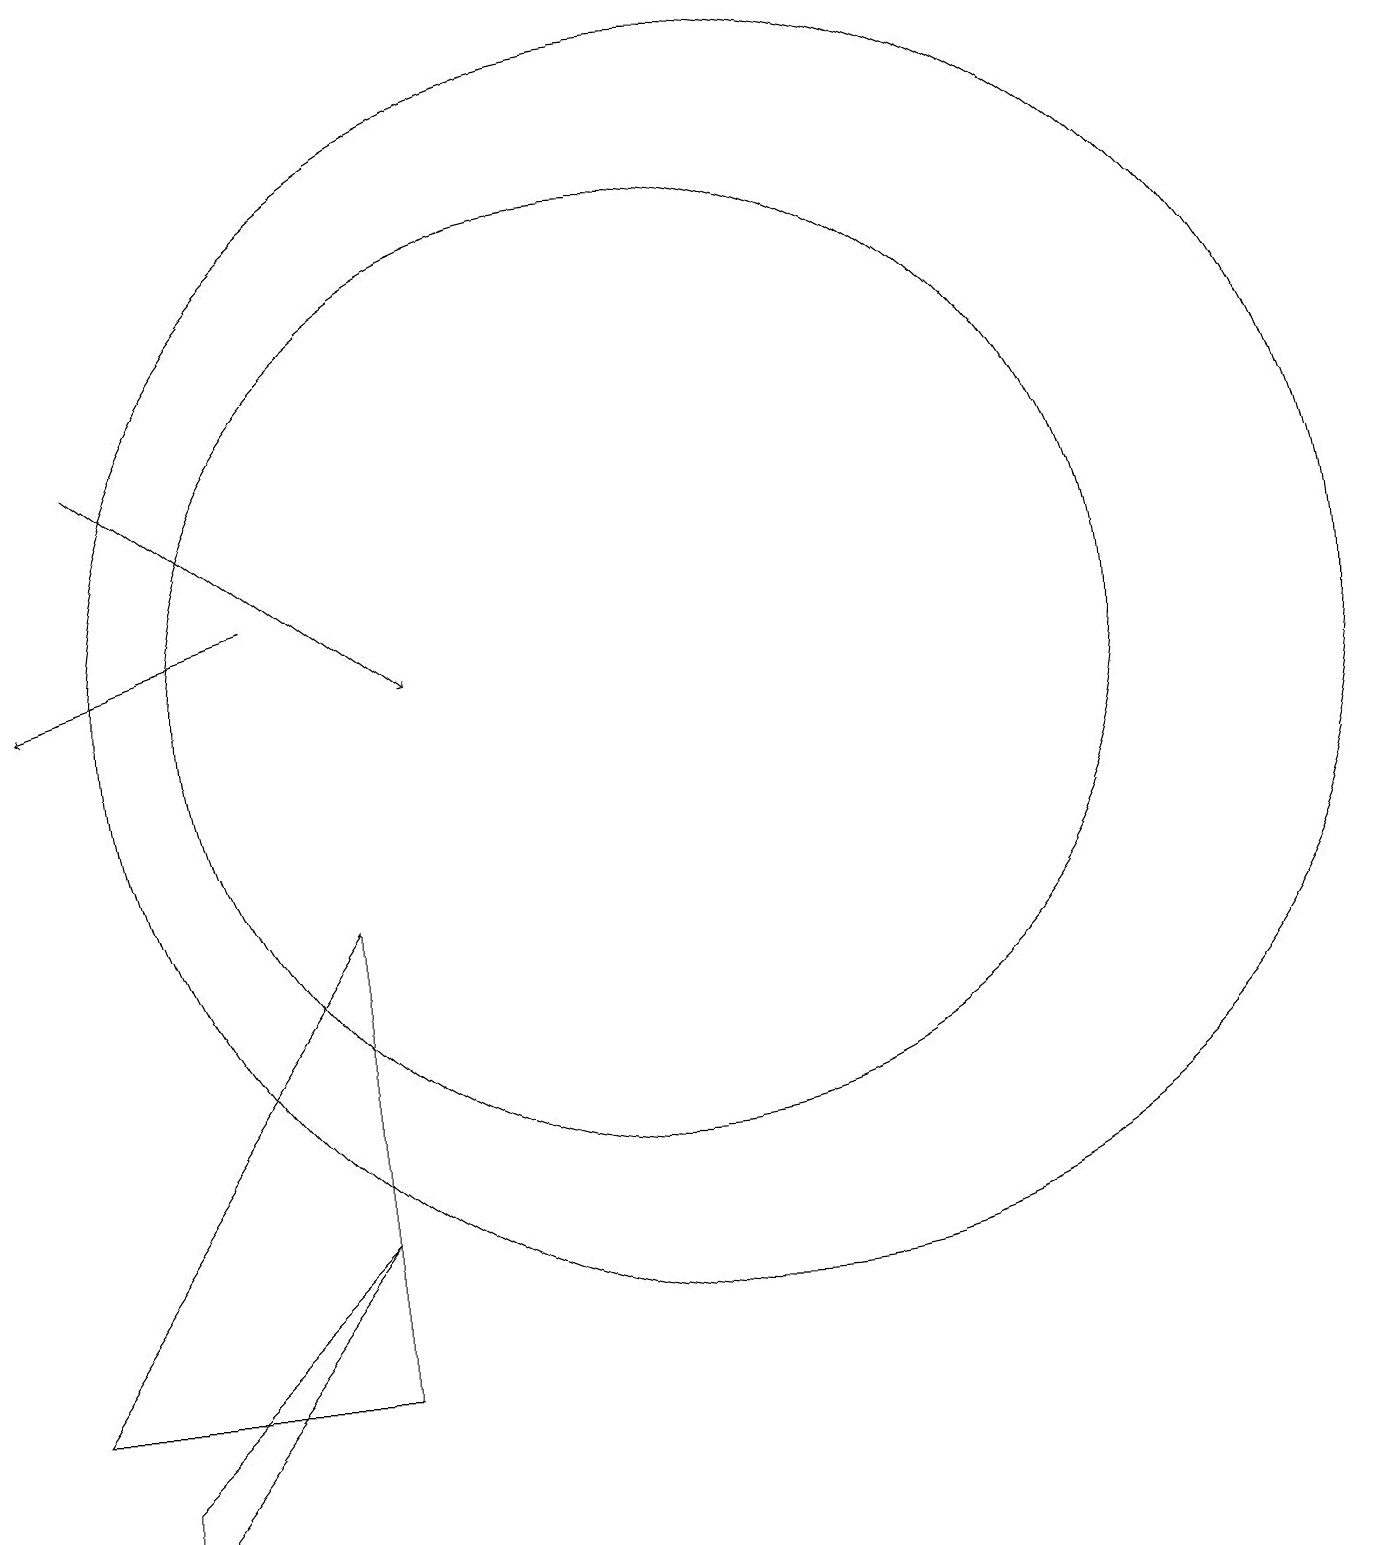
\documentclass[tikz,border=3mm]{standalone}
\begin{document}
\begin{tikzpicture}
\draw (10,11) circle (6);
\draw[->] (3,14) -- (7,11);
\draw (3,1) -- (3,0) -- (6,4) -- cycle;
\draw (6,2) -- (2,2) -- (6,8) -- cycle;
\draw (11,11) circle (8);
\draw[->] (5,12) -- (2,11);
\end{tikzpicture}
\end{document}